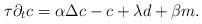
LaTeX: \begin{align*}\tau\partial_t c = \alpha\Delta c -c+ \lambda d +\beta m.\end{align*}